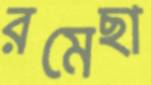
রমেছা